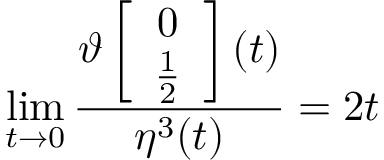
\operatorname * { l i m } _ { t \rightarrow 0 } \frac { \vartheta \left[ \begin{array} { c } { { 0 } } \\ { { \frac { 1 } { 2 } } } \end{array} \right] ( t ) } { \eta ^ { 3 } ( t ) } = 2 t